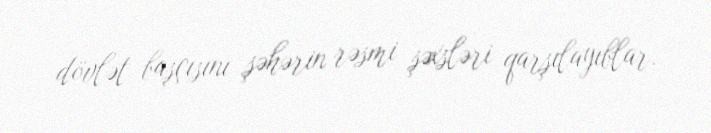
dövlət başçısını şəhərin rəsmi şəxsləri qarşılayıblar.